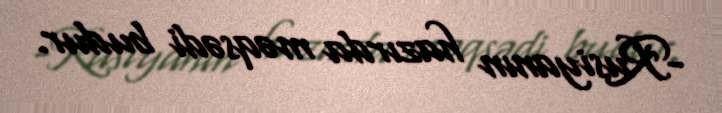
-Rusiyanın hazırda məqsədi budur.